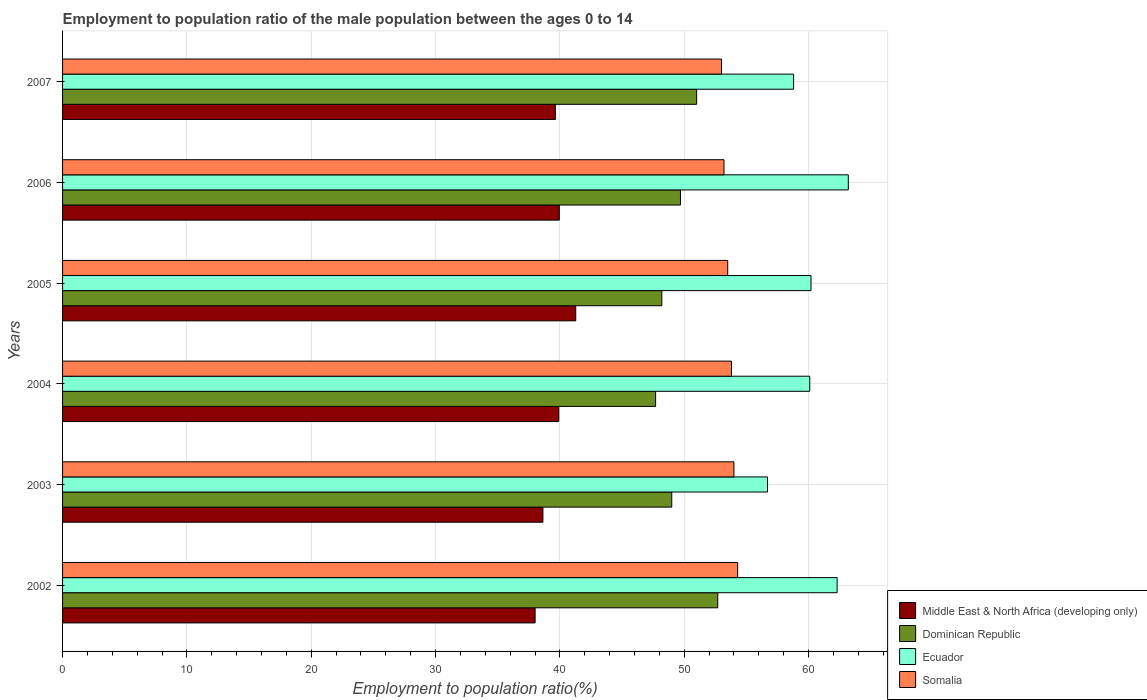
| Years | Middle East & North Africa (developing only) | Dominican Republic | Ecuador | Somalia |
 | --- | --- | --- | --- | --- |
 | 2002 | 38 | 52.7 | 62.3 | 54.3 |
 | 2003 | 38.6 | 49 | 56.7 | 54 |
 | 2004 | 39.9 | 47.7 | 60.1 | 53.8 |
 | 2005 | 41.3 | 48.2 | 60.2 | 53.5 |
 | 2006 | 40 | 49.7 | 63.2 | 53.2 |
 | 2007 | 39.6 | 51 | 58.8 | 53 |